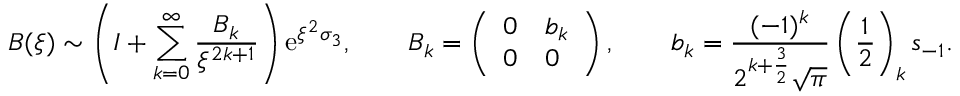
B ( \xi ) \sim \left( I + \sum _ { k = 0 } ^ { \infty } \frac { B _ { k } } { \xi ^ { 2 k + 1 } } \right) \mathrm { e } ^ { \xi ^ { 2 } \sigma _ { 3 } } , \qquad B _ { k } = \left( \begin{array} { l l } { 0 } & { b _ { k } } \\ { 0 } & { 0 } \end{array} \right) , \qquad b _ { k } = \frac { ( - 1 ) ^ { k } } { 2 ^ { k + \frac { 3 } { 2 } } \sqrt { \pi } } \left( \frac { 1 } { 2 } \right) _ { k } s _ { - 1 } .